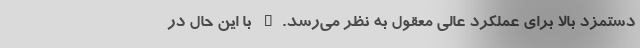
دستمزد بالا برای عملکرد عالی معقول به نظر می‌رسد." با این حال در